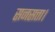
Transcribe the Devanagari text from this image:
सनसत्ता।